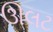
ઊલટ